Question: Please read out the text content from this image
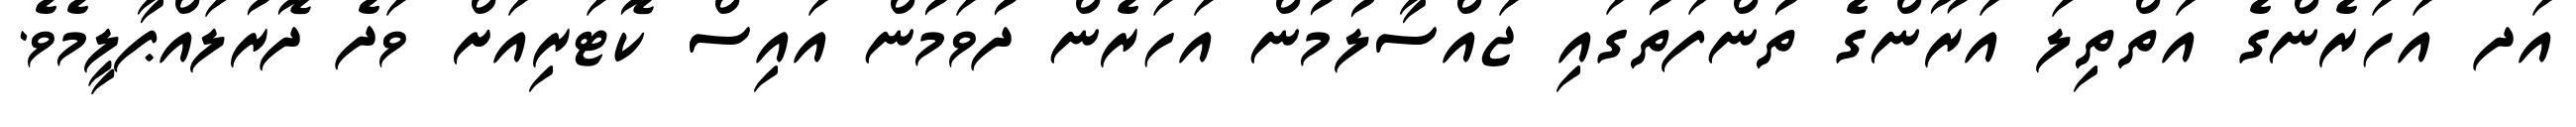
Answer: އަދ އަހަރެންގެ އަތްތިލަ އަރޫންގެ ތުންފަތުގައި ޖައްސާލުމުން އަހަރެން ދުވަމުން އައިސް ކޮޓަރިއަށް ވަދެ ދޮރުލައްޕާލީމެވެ.